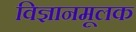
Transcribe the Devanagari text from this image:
विज्ञानमूलक